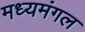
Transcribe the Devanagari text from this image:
मध्यमंगल